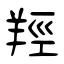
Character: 羥